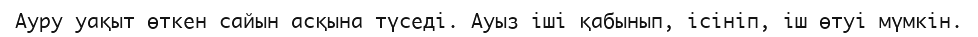
Ауру уақыт өткен сайын асқына түседі. Ауыз іші қабынып, ісініп, іш өтуі мүмкін.